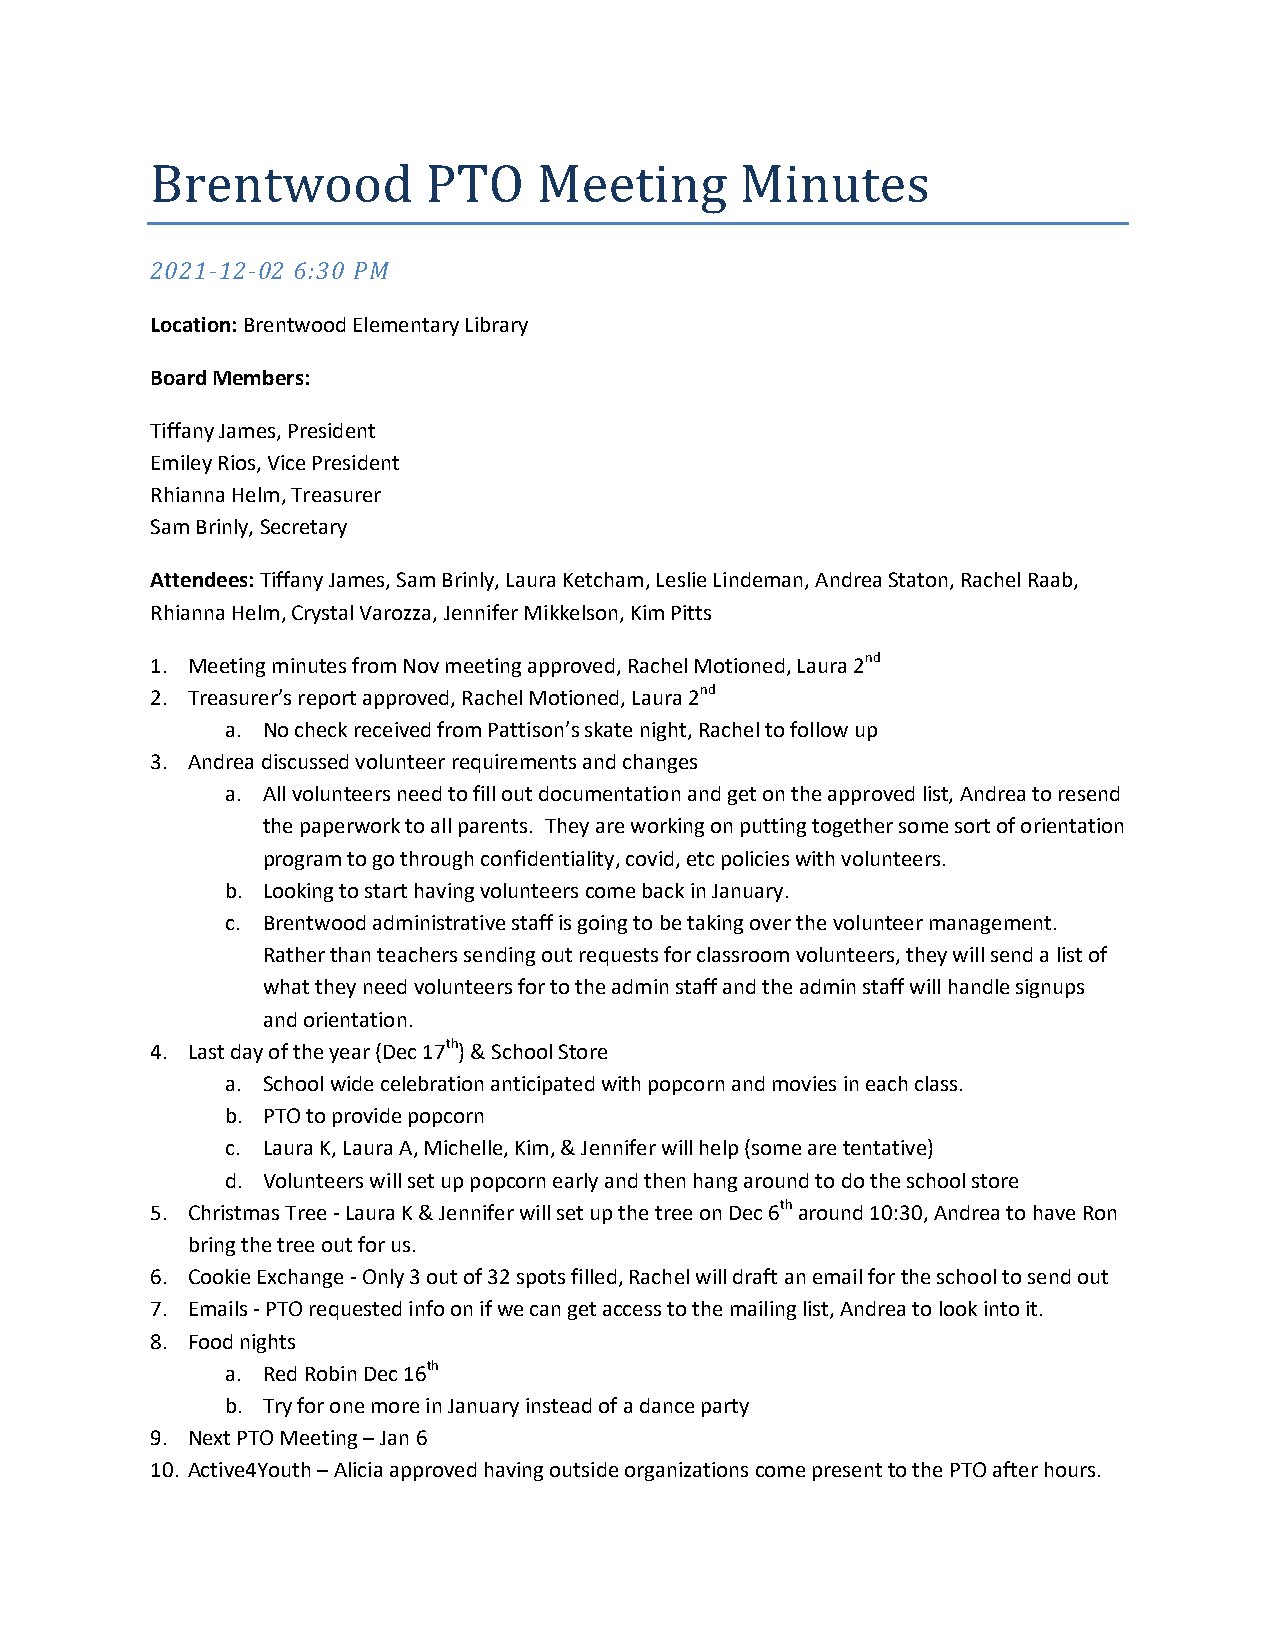
Brentwood         PTO     Meeting      Minutes
 2021-12-02 6:30 PM
 Location: Brentwood Elementary Library
 Board Members:
 Tiffany James, President
 Emiley Rios, Vice President
 Rhianna Helm, Treasurer
 Sam Brinly, Secretary
 Attendees: Tiffany James, Sam Brinly, Laura Ketcham, Leslie Lindeman, Andrea Staton, Rachel Raab,
 Rhianna Helm, Crystal Varozza, Jennifer Mikkelson, Kim Pitts
 1. Meeting minutes from Nov meeting approved, Rachel Motioned, Laura 2nd
 2. Treasurer’s report approved, Rachel Motioned, Laura 2nd
 a. No check received from Pattison’s skate night, Rachel to follow up
 3. Andrea discussed volunteer requirements and changes
 a. All volunteers need to fill out documentation and get on the approved list, Andrea to resend
 the paperwork to all parents. They are working on putting together some sort of orientation
 program to go through confidentiality, covid, etc policies with volunteers.
 b. Looking to start having volunteers come back in January.
 c. Brentwood administrative staff is going to be taking over the volunteer management.
 Rather than teachers sending out requests for classroom volunteers, they will send a list of
 what they need volunteers for to the admin staff and the admin staff will handle signups
 and orientation.
 4. Last day of the year (Dec 17th) & School Store
 a. School wide celebration anticipated with popcorn and movies in each class.
 b. PTO to provide popcorn
 c. Laura K, Laura A, Michelle, Kim, & Jennifer will help (some are tentative)
 d. Volunteers will set up popcorn early and then hang around to do the school store
 5. Christmas Tree - Laura K & Jennifer will set up the tree on Dec 6th around 10:30, Andrea to have Ron
 bring the tree out for us.
 6. Cookie Exchange - Only 3 out of 32 spots filled, Rachel will draft an email for the school to send out
 7. Emails - PTO requested info on if we can get access to the mailing list, Andrea to look into it.
 8. Food nights
 a. Red Robin Dec 16th
 b. Try for one more in January instead of a dance party
 9. Next PTO Meeting – Jan 6
 10. Active4Youth – Alicia approved having outside organizations come present to the PTO after hours.